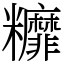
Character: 䊳